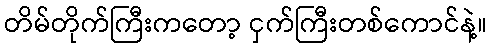
တိမ်တိုက်ကြီးကတော့ ငှက်ကြီးတစ်ကောင်နဲ့။